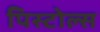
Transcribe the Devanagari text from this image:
पिस्टोल्स